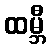
ထမ္ဘီ